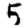
Digit: 5